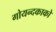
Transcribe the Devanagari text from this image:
गोयन्‍दकाको